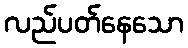
လည်ပတ်နေသော